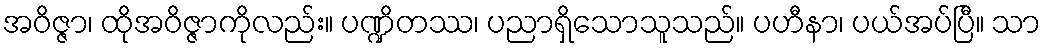
အဝိဇ္ဇာ၊ ထိုအဝိဇ္ဇာကိုလည်း။ ပဏ္ဍိတဿ၊ ပညာရှိသောသူသည်။ ပဟီနာ၊ ပယ်အပ်ပြီ။ သာ